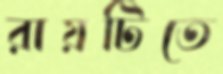
রায়টিতে